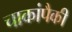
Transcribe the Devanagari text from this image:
चाकांपैकी